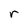
Character: r